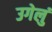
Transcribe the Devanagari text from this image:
उगेलुं